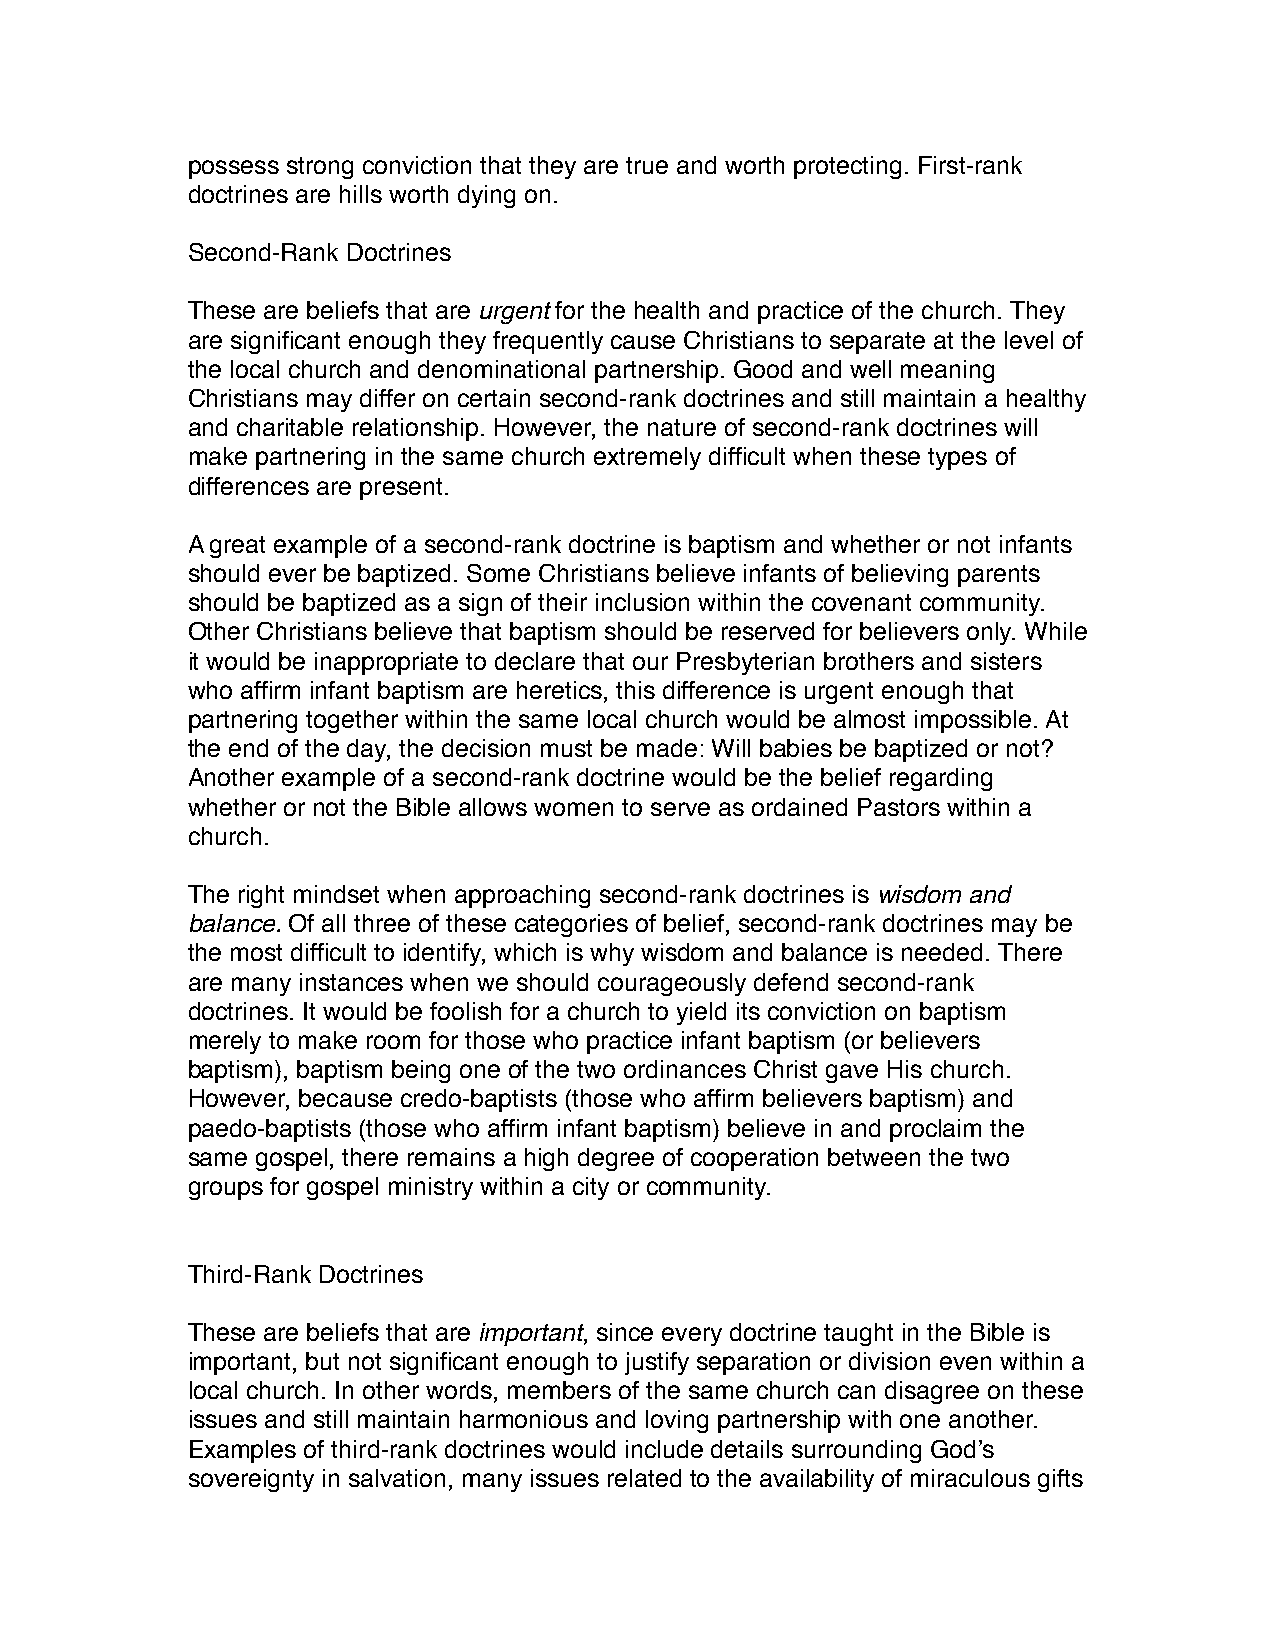
possess strong conviction that they are true and worth protecting. First-rank
 doctrines are hills worth dying on.
 Second-Rank Doctrines
 These are beliefs that are urgent for the health and practice of the church. They
 are significant enough they frequently cause Christians to separate at the level of
 the local church and denominational partnership. Good and well meaning
 Christians may differ on certain second-rank doctrines and still maintain a healthy
 and charitable relationship. However, the nature of second-rank doctrines will
 make partnering in the same church extremely difficult when these types of
 differences are present.
 A great example of a second-rank doctrine is baptism and whether or not infants
 should ever be baptized. Some Christians believe infants of believing parents
 should be baptized as a sign of their inclusion within the covenant community.
 Other Christians believe that baptism should be reserved for believers only. While
 it would be inappropriate to declare that our Presbyterian brothers and sisters
 who affirm infant baptism are heretics, this difference is urgent enough that
 partnering together within the same local church would be almost impossible. At
 the end of the day, the decision must be made: Will babies be baptized or not?
 Another example of a second-rank doctrine would be the belief regarding
 whether or not the Bible allows women to serve as ordained Pastors within a
 church.
 The right mindset when approaching second-rank doctrines is wisdom and
 balance. Of all three of these categories of belief, second-rank doctrines may be
 the most difficult to identify, which is why wisdom and balance is needed. There
 are many instances when we should courageously defend second-rank
 doctrines. It would be foolish for a church to yield its conviction on baptism
 merely to make room for those who practice infant baptism (or believers
 baptism), baptism being one of the two ordinances Christ gave His church.
 However, because credo-baptists (those who affirm believers baptism) and
 paedo-baptists (those who affirm infant baptism) believe in and proclaim the
 same gospel, there remains a high degree of cooperation between the two
 groups for gospel ministry within a city or community.
 Third-Rank Doctrines
 These are beliefs that are important, since every doctrine taught in the Bible is
 important, but not significant enough to justify separation or division even within a
 local church. In other words, members of the same church can disagree on these
 issues and still maintain harmonious and loving partnership with one another.
 Examples of third-rank doctrines would include details surrounding God’s
 sovereignty in salvation, many issues related to the availability of miraculous gifts